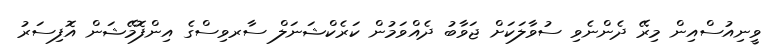
ވީނިއުސްއިން މިރޭ ދެންނެވި ސުވާލަކަށް ޖަވާބު ދެއްވަމުން ކަރެކްޝަނަލް ސާރވިސްގެ އިންފޮމޭޝަން އޮފިސަރު